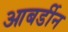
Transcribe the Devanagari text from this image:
आबर्डीन